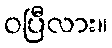
ဝပြီလား။